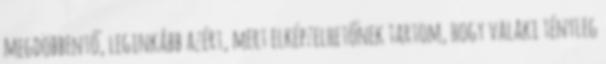
megdöbbentő, leginkább azért, mert elképzelhetőnek tartom, hogy valaki tényleg